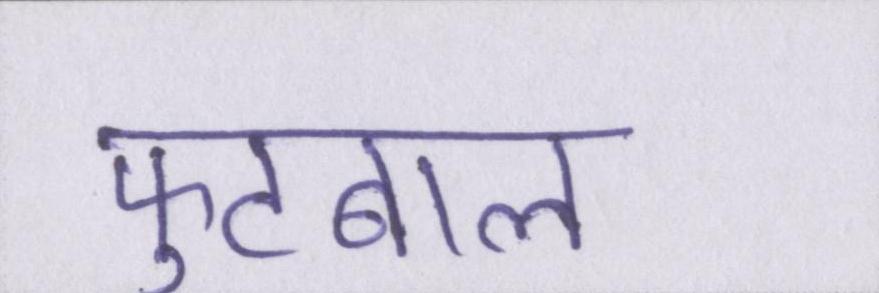
फुटबाल